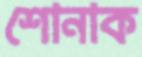
শোনাক